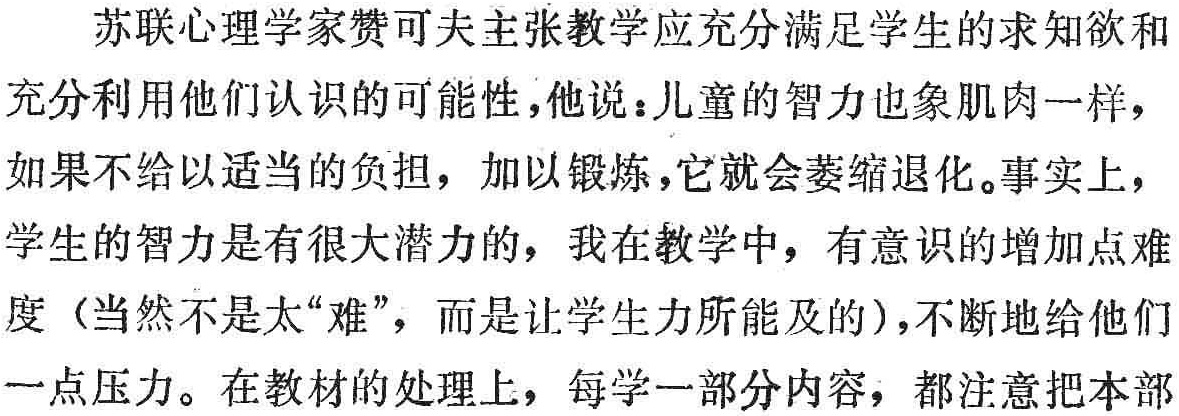
苏联心理学家赞可夫主张教学应充分满足学生的求知欲和
充分利用他们认识的可能性,他说：儿童的智力也象肌肉一样，
如果不给以适当的负担，加以锻炼，它就会萎缩退化。事实上，
学生的智力是有很大潜力的，我在教学中，有意识的增加点难
度（当然不是太“难”，而是让学生力所能及的），不断地给他们
一点压力。在教材的处理上，每学一部分内容，都注意把本部